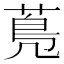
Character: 𦳓